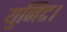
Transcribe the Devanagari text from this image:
युनिट।